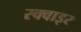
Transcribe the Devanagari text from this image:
स्क्वाइर